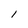
Character: 1